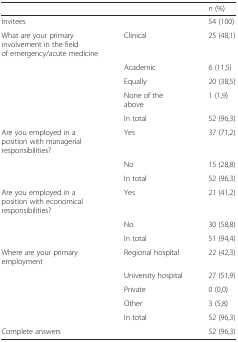
<table><thead><tr><td></td><td></td><td><b><i>n</i> (%)</b></td></tr></thead><tbody><tr><td>Invitees</td><td></td><td>54 (100)</td></tr><tr><td>What are your primary involvement in the field of emergency/acute medicine</td><td>Clinical</td><td>25 (48,1)</td></tr><tr><td></td><td>Academic</td><td>6 (11,5)</td></tr><tr><td></td><td>Equally</td><td>20 (38,5)</td></tr><tr><td></td><td>None of the above</td><td>1 (1,9)</td></tr><tr><td></td><td>In total</td><td>52 (96,3)</td></tr><tr><td>Are you employed in a position with managerial responsibilities?</td><td>Yes</td><td>37 (71,2)</td></tr><tr><td></td><td>No</td><td>15 (28,8)</td></tr><tr><td></td><td>In total</td><td>52 (96,3)</td></tr><tr><td>Are you employed in a position with economical responsibilities?</td><td>Yes</td><td>21 (41,2)</td></tr><tr><td></td><td>No</td><td>30 (58,8)</td></tr><tr><td></td><td>In total</td><td>51 (94,4)</td></tr><tr><td>Where are your primary employment</td><td>Regional hospital</td><td>22 (42,3)</td></tr><tr><td></td><td>University hospital</td><td>27 (51,9)</td></tr><tr><td></td><td>Private</td><td>0 (0,0)</td></tr><tr><td></td><td>Other</td><td>3 (5,8)</td></tr><tr><td></td><td>In total</td><td>52 (96,3)</td></tr><tr><td>Complete answers</td><td></td><td>52 (96,3)</td></tr></tbody></table>